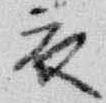
衣